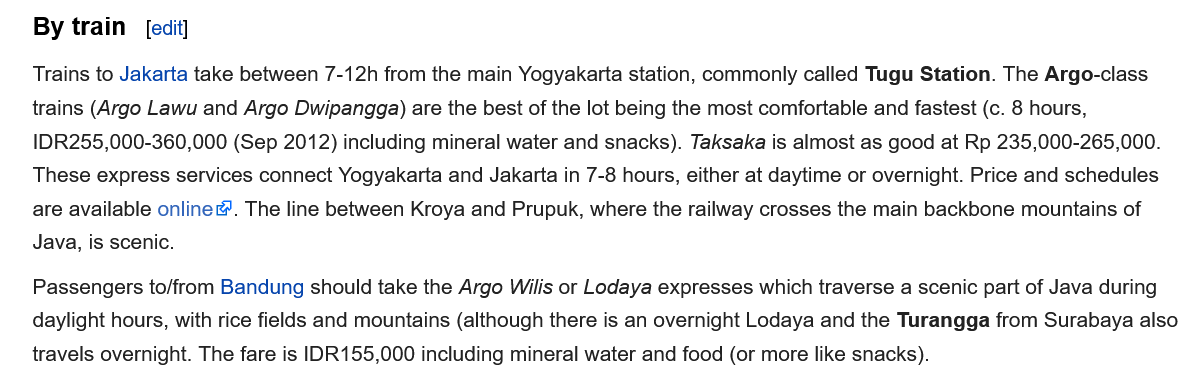
By train  [edit
   Trains to Jakarta take between 7-12h from the main Yogyakarta station, commonly called Tugu Station. The Argo-class
   trains (Argo Lawu and Argo Dwipangga) are the best of the lot being the most comfortable and fastest (c. 8 hours,
    IDR255,000-360,000 (Sep 2012) including mineral water and snacks). Taksaka is almost as good at Rp 235,000-265,000.
   These express services connect Yogyakarta and Jakarta in 7-8 hours, either at daytime or overnight. Price and schedules
   are available online&. The line between Kroya and Prupuk, where the railway crosses the main backbone mountains of
   Java, is scenic.
    Passengers to/from Bandung should take the Argo Wilis or Lodaya expresses which traverse a scenic part of Java during
   daylight hours, with rice fields and mountains (although there is an overnight Lodaya and the Turangga from Surabaya also
   travels overnight. The fare is IDR155,000 including mineral water and food (or more like snacks).